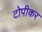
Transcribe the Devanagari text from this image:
टोपीकर